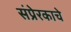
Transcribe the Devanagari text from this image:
संप्रेरकाचे